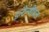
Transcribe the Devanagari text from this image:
इन्टेन्जीबल